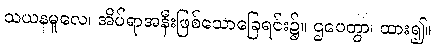
သယနမူလေ၊ အိပ်ရာအနီးဖြစ်သောခြေရင်း၌။ ဌပေတွာ၊ ထား၍။